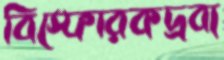
বিস্ফোরকদ্রব্য